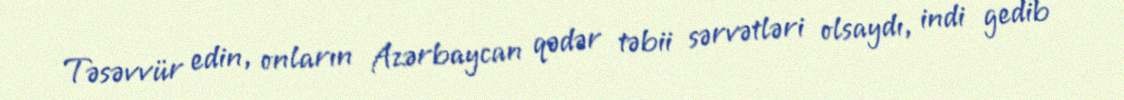
Təsəvvür edin, onların Azərbaycan qədər təbii sərvətləri olsaydı, indi gedib